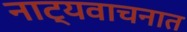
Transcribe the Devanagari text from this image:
नाट्यवाचनात